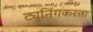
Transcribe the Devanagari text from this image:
ट्युनिंगकरता